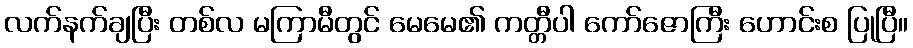
လက်နက်ချပြီး တစ်လ မကြာမီတွင် မေမေ၏ ကတ္တီပါ ကော်ဇောကြီး ဟောင်းစ ပြုပြီ။